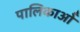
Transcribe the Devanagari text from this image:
पालिकाओँ